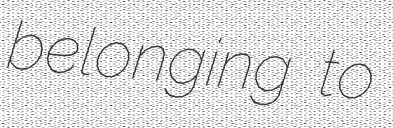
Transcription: belonging to